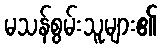
မသန်စွမ်းသူများ၏